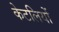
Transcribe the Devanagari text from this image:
केटलियों